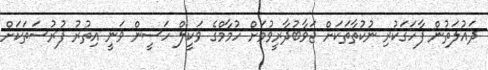
ދައުލަތުން ފާހަގަކުރި ނުކުތާތަކަށް ޖަވާބުދާރީވުމަށް ހުމާމްގެ ވަކީލް ހަސީން ވަނީ އިތުރު ފުރުސަތަކަށް